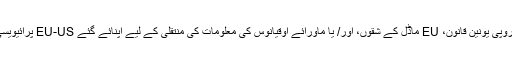
اگر آپ یوروپی یونین یا سوئزرلینڈ میں ہیں، تو WPO یوروپی یونین کے باہر یوروپی یونین قانون، EU ماڈل کے شقوں، اور/ یا ماورائے اوقیانوس کی معلومات کی منتقلی کے لیے اپنائے گئے EU-US پرائیویسی شیلڈ کے فریم ورک کے ذریعہ مقرر کردہ معیارات کے مطابق منتقل کرے گا۔